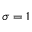
\sigma = 1